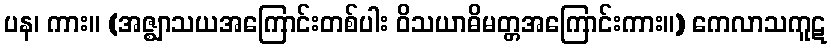
ပန၊ ကား။ (အဇ္ဈာသယအကြောင်းတစ်ပါး ဝိသယာဓိမတ္တအကြောင်းကား။) ကေလာသကူဋ